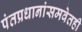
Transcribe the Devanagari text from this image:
पंतप्रधानांसमवेतही